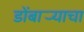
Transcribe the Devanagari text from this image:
डोंबार्‍याचा